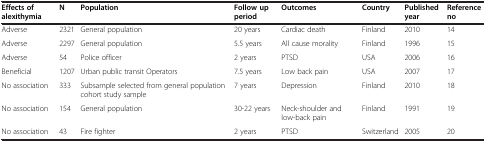
<table><thead><tr><td><b>Effects of alexithymia</b></td><td><b>N</b></td><td><b>Population</b></td><td><b>Follow up period</b></td><td><b>Outcomes</b></td><td><b>Country</b></td><td><b>Published year</b></td><td><b>Reference no</b></td></tr></thead><tbody><tr><td>Adverse</td><td>2321</td><td>General population</td><td>20 years</td><td>Cardiac death</td><td>Finland</td><td>2010</td><td>14</td></tr><tr><td>Adverse</td><td>2297</td><td>General population</td><td>5.5 years</td><td>All cause morality</td><td>Finland</td><td>1996</td><td>15</td></tr><tr><td>Adverse</td><td>54</td><td>Police officer</td><td>2 years</td><td>PTSD</td><td>USA</td><td>2006</td><td>16</td></tr><tr><td>Beneficial</td><td>1207</td><td>Urban public transit Operators</td><td>7.5 years</td><td>Low back pain</td><td>USA</td><td>2007</td><td>17</td></tr><tr><td>No association</td><td>333</td><td>Subsample selected from general population cohort study sample</td><td>7 years</td><td>Depression</td><td>Finland</td><td>2010</td><td>18</td></tr><tr><td>No association</td><td>154</td><td>General population</td><td>30-22 years</td><td>Neck-shoulder and low-back pain</td><td>Finland</td><td>1991</td><td>19</td></tr><tr><td>No association</td><td>43</td><td>Fire fighter</td><td>2 years</td><td>PTSD</td><td>Switzerland</td><td>2005</td><td>20</td></tr></tbody></table>